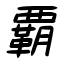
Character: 覇